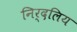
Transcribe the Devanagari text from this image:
निर्दलिय